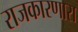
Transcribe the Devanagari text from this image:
राजकारणारा